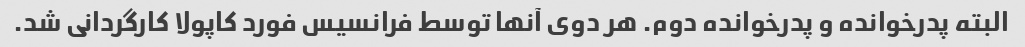
البته پدرخوانده و پدرخوانده دوم. هر دوی آنها توسط فرانسیس فورد کاپولا کارگردانی شد.